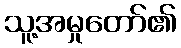
သူ့အမှုတော်၏